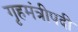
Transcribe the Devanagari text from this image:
गृहमंत्रीपदी